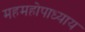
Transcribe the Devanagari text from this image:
महमहोपाध्याय